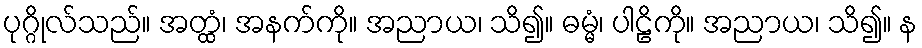
ပုဂ္ဂိုလ်သည်။ အတ္ထံ၊ အနက်ကို။ အညာယ၊ သိ၍။ ဓမ္မံ၊ ပါဠိကို။ အညာယ၊ သိ၍။ န